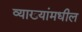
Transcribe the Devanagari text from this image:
व्याख्यांमधील